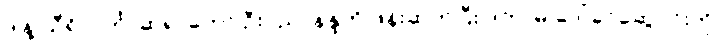
ဒါနဲ့ သီရိလင်္ကာဆရာတော် ဦးပညာနန္ဒကို ဖုန်းဆက်ပြီး ဒကာမ ဒေါ်ခင်ဆွေဝင်းကို